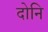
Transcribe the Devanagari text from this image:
दोनि